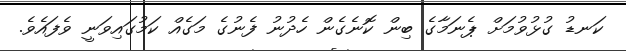
ކަނޑު ގުޅުވުމަށް ޕެނަމާގެ ބިން ކޮނެގެން ހެދުނު ފެނުގެ މަގެއް ކަމުގައިވަނީ ވެފައެވެ.